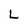
Character: L